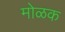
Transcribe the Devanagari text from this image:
मोळक